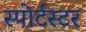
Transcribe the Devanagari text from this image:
स्पोर्टस्टर